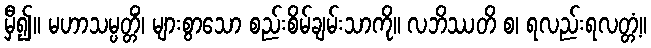
မှီ၍။ မဟာသမ္ပတ္တိံ၊ များစွာသော စည်းစိမ်ချမ်းသာကို။ လဘိဿတိ စ၊ ရလည်းရလတ္တံ့။